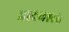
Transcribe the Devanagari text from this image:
द्वारवाले